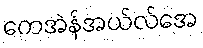
ကေအဲန်အယ်လ်အေ